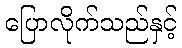
ပြောလိုက်သည်နှင့်